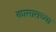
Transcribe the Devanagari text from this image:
कासाराच्या